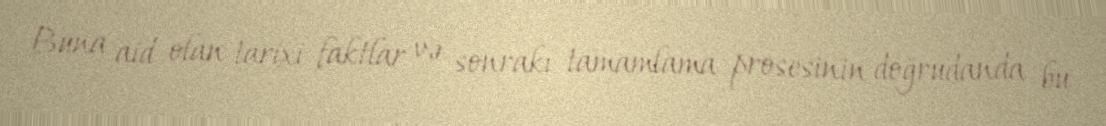
Buna aid olan tarixi faktlar və sonrakı tamamlama prosesinin doğrudanda bu